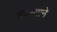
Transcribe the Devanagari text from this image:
चैतन्याने